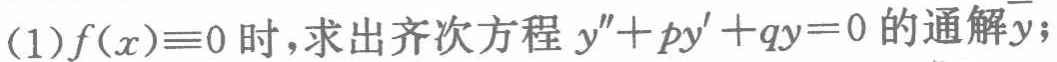
(1)$f(x)\equiv0$时，求出齐次方程$y'' + py' + qy = 0$的通解$\overline{y}$；